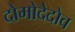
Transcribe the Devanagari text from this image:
दोमोदेदोव